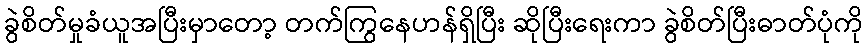
ခွဲစိတ်မှုခံယူအပြီးမှာတော့ တက်ကြွနေဟန်ရှိပြီး ဆိုပြီးရေးကာ ခွဲစိတ်ပြီးဓာတ်ပုံကို